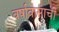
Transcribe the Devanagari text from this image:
वर्षावासाची